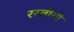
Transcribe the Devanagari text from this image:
रस्‍तोगी